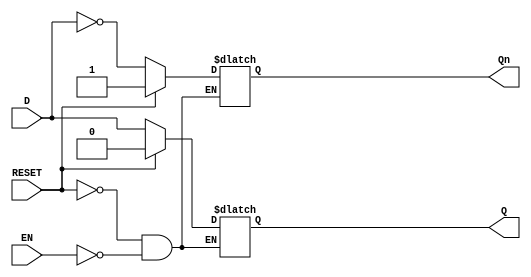
module latch_register (
    input wire D,        // Data Input
    input wire EN,       // Enable Signal
    input wire RESET,    // Reset Signal (optional)
    output reg Q,        // Data Output
    output reg Qn        // Complement Output
);

// Latch functionality
always @(*) begin
    if (RESET) begin
        Q <= 1'b0;  // Reset the latch
        Qn <= 1'b1; // Set complement to 1 when reset
    end else if (EN) begin
        Q <= D;     // Capture input when enabled
        Qn <= ~D;   // Complement output
    end
    // If EN is low, Q and Qn retain their previous values
end

endmodule